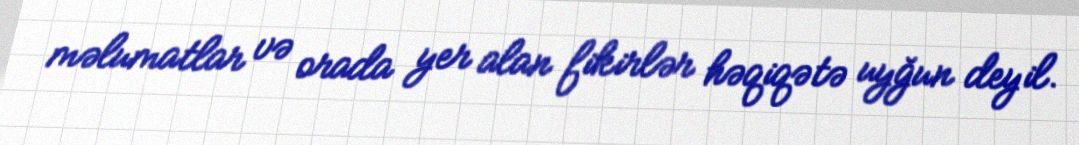
məlumatlar və orada yer alan fikirlər həqiqətə uyğun deyil.